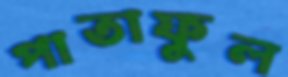
পাতাফুল